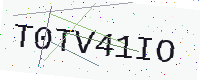
Text: T0TV41IO